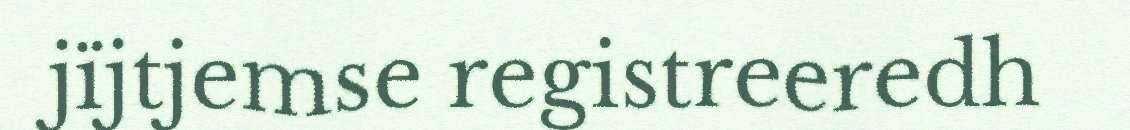
jïjtjemse registreeredh